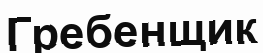
Гребенщик